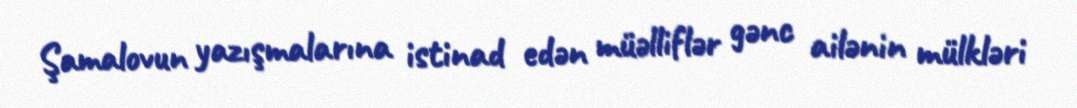
Şamalovun yazışmalarına istinad edən müəlliflər gənc ailənin mülkləri